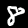
Digit: 8